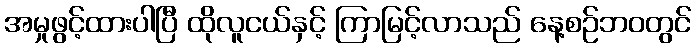
အမှုဖွင့်ထားပါပြီ ထိုလူငယ်နှင့် ကြာမြင့်လာသည် နေ့စဉ်ဘ၀တွင်